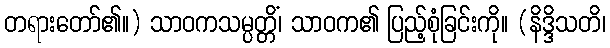
တရားတော်၏။) သာဝကသမ္ပတ္တိံ၊ သာဝက၏ ပြည့်စုံခြင်းကို။ (နိဒ္ဒိသတိ၊